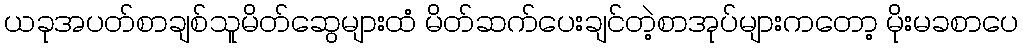
ယခုအပတ်စာချစ်သူမိတ်ဆွေများထံ မိတ်ဆက်ပေးချင်တဲ့စာအုပ်များကတော့ မိုးမခစာပေ